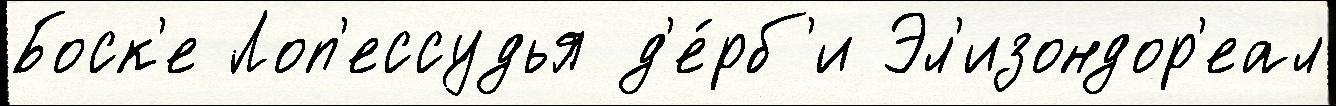
Боск'е Лоп'ессудья д'е́рб'и Эл'изондор'еал